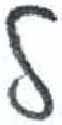
אות: ל